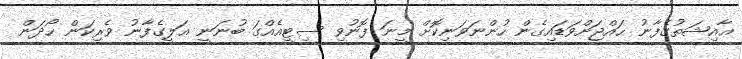
ޢާއިޝަތުގެފާނު ޙައްޖަށްވަޑައިގެން ހުންނަވަނިކޮށް މީނަ ފޮނުވި ސިޓީއެއްގަ ބުނަނީ ޢަލީގެފާނު ވެރިކަން ހޯދަން